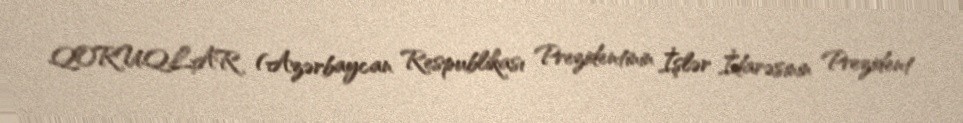
QORUQLAR (Azərbaycan Respublikası Prezidentinin İşlər İdarəsinin Prezident